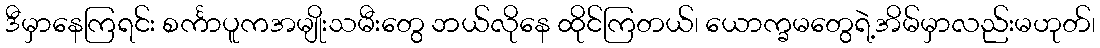
ဒီမှာနေကြရင်း စင်္ကာပူကအမျိုးသမီးတွေ ဘယ်လိုနေ ထိုင်ကြတယ်၊ ယောက္ခမတွေရဲ့အိမ်မှာလည်းမဟုတ်၊